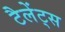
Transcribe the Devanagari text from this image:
टैलेंट्स